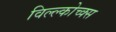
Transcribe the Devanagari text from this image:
विल्ल्कोच्क्स